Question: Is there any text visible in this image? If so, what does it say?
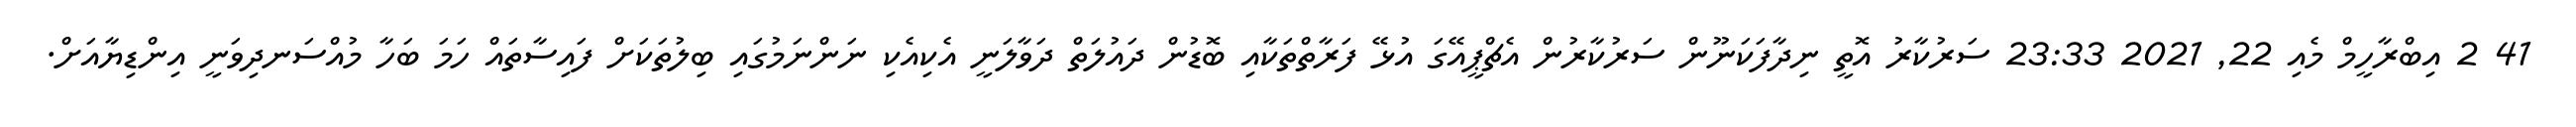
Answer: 41 2 އިބްރާހީމް މެއި 22, 2021 23:33 ސަރުކާރު އޮތީ ނިދާފަކަނޫން ސަރުކާރުން އެޗްޕީއޭގަ އުޅޭ ފަރާތްތަކާއި ބޮޑުން ދައުލަތް ދަވާލަނީ އެކިއެކި ނަންނަމުގައި ބިލުތަކަށް ފައިސާތައް ހަމަ ބަހާ މުއްސަނދިވަނީ އިންޑިޔާއަށް.